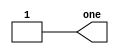
// Question 1. Step One - https://hdlbits.01xz.net/wiki/Step_one

module top_module( output one );

//"one" is the name we gave to a "literal wire" and connected it to VDD so it will always remain high
	assign one = 1'b1;
	
endmodule